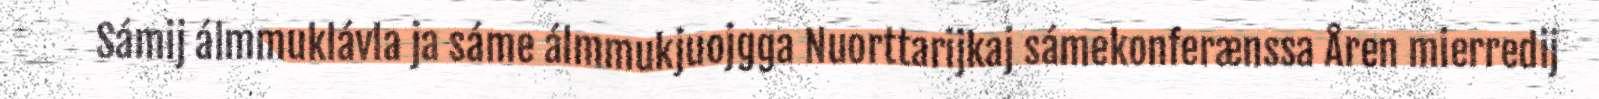
Sámij álmmuklávla ja sáme álmmukjuojgga Nuorttarijkaj sámekonferænssa Åren mierredij